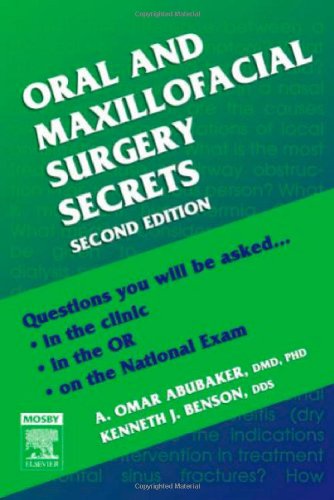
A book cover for Oral and Maxillofacial Surgery Secrets, 2e; A. Omar Abubaker DMD  PhD; Medical Books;